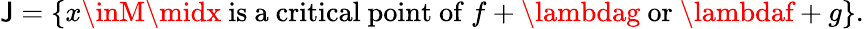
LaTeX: \mathsf{J}=\{ x\inM\midx{\mathrm{{~is~a~critical~point~of~}}}f+\lambdag{\mathrm{{~or~}}}\lambdaf+g\} .